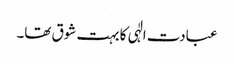
عبادت الٰہی کا بہت شوق تھا۔